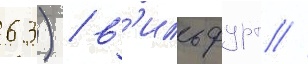
63) / в'ильфурт //